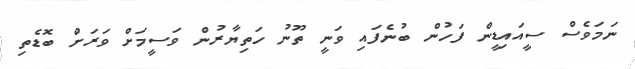
ނަމަވެސް ސީއައިޑީން ފަހުން ބުނެފައި ވަނީ ތޫނު ހަތިޔާރުން ވަސީމަށް ވަރަށް ބޮޑެތި